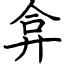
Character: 弇